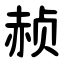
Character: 赪